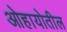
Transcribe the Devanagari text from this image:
ओहायोतील